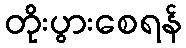
တိုးပွားစေရန်